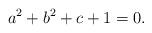
LaTeX: \begin{align*}a^{2}+b^{2}+c+1=0.\end{align*}